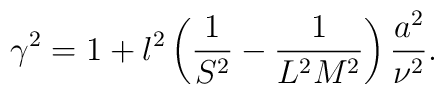
\gamma^2=1+l^2\left(\frac{1}{S^2}-\frac{1}{L^2M^2}\right)\frac{a^2}{\nu^2}.